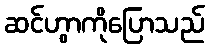
ဆင်ဟွာကိုပြောသည်